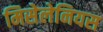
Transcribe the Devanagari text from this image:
मिसेलेनियस